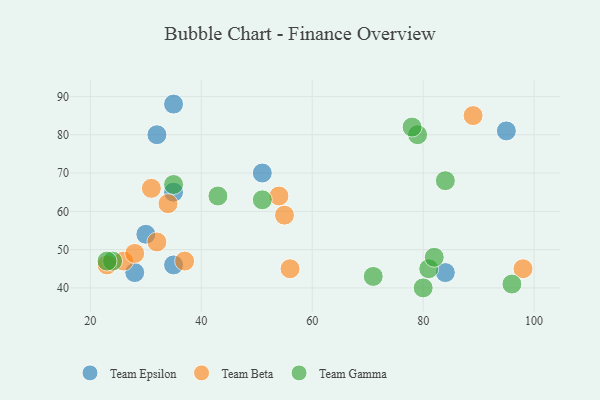
{"axis": {"x": "GDP", "y": "Life Expectancy"}, "legend": ["Team Beta", "Team Epsilon", "Team Gamma"], "data": [{"x": "35", "y": 88, "type": "Team Epsilon"}, {"x": "32", "y": 80, "type": "Team Epsilon"}, {"x": "35", "y": 46, "type": "Team Epsilon"}, {"x": "30", "y": 54, "type": "Team Epsilon"}, {"x": "51", "y": 70, "type": "Team Epsilon"}, {"x": "95", "y": 81, "type": "Team Epsilon"}, {"x": "28", "y": 44, "type": "Team Epsilon"}, {"x": "84", "y": 44, "type": "Team Epsilon"}, {"x": "35", "y": 65, "type": "Team Epsilon"}, {"x": "34", "y": 62, "type": "Team Beta"}, {"x": "26", "y": 47, "type": "Team Beta"}, {"x": "54", "y": 64, "type": "Team Beta"}, {"x": "23", "y": 46, "type": "Team Beta"}, {"x": "55", "y": 59, "type": "Team Beta"}, {"x": "28", "y": 49, "type": "Team Beta"}, {"x": "32", "y": 52, "type": "Team Beta"}, {"x": "37", "y": 47, "type": "Team Beta"}, {"x": "98", "y": 45, "type": "Team Beta"}, {"x": "56", "y": 45, "type": "Team Beta"}, {"x": "89", "y": 85, "type": "Team Beta"}, {"x": "31", "y": 66, "type": "Team Beta"}, {"x": "43", "y": 64, "type": "Team Gamma"}, {"x": "81", "y": 45, "type": "Team Gamma"}, {"x": "82", "y": 48, "type": "Team Gamma"}, {"x": "80", "y": 40, "type": "Team Gamma"}, {"x": "79", "y": 80, "type": "Team Gamma"}, {"x": "35", "y": 67, "type": "Team Gamma"}, {"x": "96", "y": 41, "type": "Team Gamma"}, {"x": "24", "y": 47, "type": "Team Gamma"}, {"x": "51", "y": 63, "type": "Team Gamma"}, {"x": "78", "y": 82, "type": "Team Gamma"}, {"x": "71", "y": 43, "type": "Team Gamma"}, {"x": "23", "y": 47, "type": "Team Gamma"}, {"x": "84", "y": 68, "type": "Team Gamma"}]}